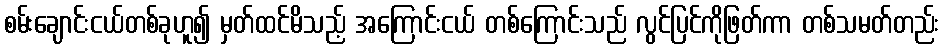
စမ်းချောင်းငယ်တစ်ခုဟူ၍ မှတ်ထင်မိသည့် အကြောင်းငယ် တစ်ကြောင်းသည် လွင်ပြင်ကိုဖြတ်ကာ တစ်သမတ်တည်း